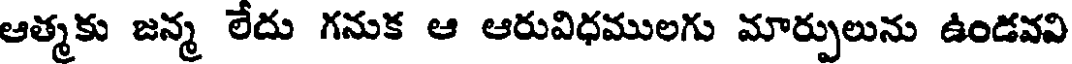
ఆత్మకు జన్మ లేదు గనుక ఆ ఆరువిధములగు మార్పులును ఉండవవి